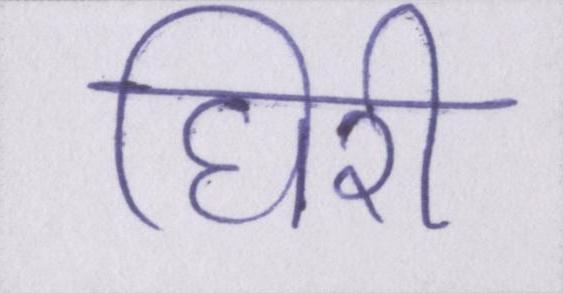
घिरी